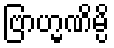
ဗြာဟ္မဏိမ္ပိ